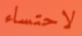
لاحتساء